Medical and sanitary report of the native army of Bengal for the year
Year: 1877
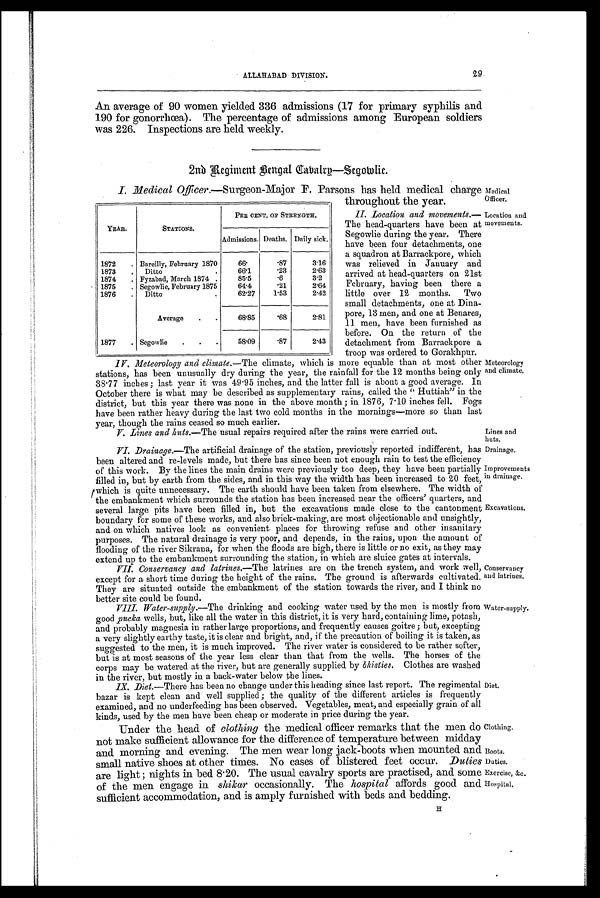
Medical
Officer.
Location and
movements.
Improvements
in drainage.
Excavations.
Conservancy
and latrines.
Water-supply.
Diet.
Clothing.
Boot s. Dut i es. Exer ci se, &c.
Hospital.
Meteorology
and climate.
Lines and
huts.
Drainage.
29
ALLAHABAD DIVISION.
An average of 90 women yielded 336 admissions (17 for primary syphilis and
190 for gonorrhœa). The percentage of admissions among European soldiers
was 226. Inspections are held weekly.
2nd Regiment Bengal Cabalry—Segowlie.
I. Medical Officer.—Surgeon-Major F. Parsons has held medical charge
throughout the year.
II. Location and movements.—
The head-quarters have been at
Segowlie during the year. There
have been four detachments, one
a squadron at Barrackpore, which
was relieved in January and
arrived at head-quarters on 21st
February, having been there a
little over 12 months. Two
small detachments, one at Dina-
pore, 13 men, and one at Benares,
11 men, have been furnished as
before. On the return of the
detachment from Barrackpore a
troop was ordered to Gorakhpur.
IV
. Meteorology and climate.— The climate, which is more equable than at most other
stations, has been unusually dry during the year, the rainfall for the 12 months being only
38.77 inches; last year it was 49.95 inches, and the latter fall is about a good average. In
October there is what may be described as supplementary rains, called the “ Huttiah” in the
district, but this year there was none in the above month; in 1876, 7.10 inches fell. Fogs
have been rather heavy during the last two cold months in the mornings—more so than last
year, though the rains ceased so much earlier.
V. Lines and huts.— The usual repairs required after the rains were carried out.
VI. Drainage.—The artificial drainage of the station, previously reported indifferent, has
been altered and re-levels made, but there has since been not enough rain to test the efficiency
of this work. By the lines the main drains were previously too deep, they have been partially
filled in, but by earth from the sides, and in this way the width has been increased to 20 feet,
which is quite unnecessary. The earth should have been taken from elsewhere. The width of
the embankment which surrounds the station has been increased near the officers' quarters, and
several large pits have been filled in, but the excavations made close to the cantonment
boundary for some of these works, and also brick-making, are most objectionable and unsightly,
and on which natives look as convenient places for throwing refuse and other insanitary
purposes. The natural drainage is very poor, and depends, in the rains, upon the amount of
flooding of the river Sikrana, for when the floods are high, there is little or no exit, as they may
extend up to the embankment surrounding the station, in which are sluice gates at intervals.
VII. Conservancy and latrines.—The latrines are on the trench system, and work well,
except for a short time during the height of the rains. The ground is afterwards cultivated.
They are situated outside the embankment of the station towards the river, and I think no
better site could be found.
VIII.
Water-supply.— The drinking and cooking water used by the men is mostly from
good pucka wells, but, like all the water in this district, it is very hard, containing lime, potash,
and probably magnesia in rather large proportions, and frequently causes goitre; but, excepting
a very slightly earthy taste, it is clear and bright, and, i f the precaution of boiling it is taken, as
suggested to the men, it is much improved. The river water is considered to be rather softer,
but is at most seasons of the year less clear than that from the wells. The horses of the
corps may be watered at the river, but are generally supplied by bhisties. Clothes are washed
in the river, but mostly in a back-water below the lines.
IX. Diet. —There has been no change under this heading since last report. The regimental
bazar is kept clean and well supplied; the quality of the different articles is frequently
examined, and no underfeeding has been observed. Vegetables, meat, and especially grain of all
kinds, used by the men have been cheap or moderate in price during the year.
Under the head of clothingt h e m e d i c a l o f f i c e r r e m a r k s t h a t t h e m e n d o
not make sufficient allowance for the difference of temperature between midday
and morning and evening. The men wear long jack-boots when mounted and
small native shoes at other times. No cases of blistered feet occur. Duties
are light; nights in bed 8.20. The usual cavalry sports are practised, and some
of the men engage in shikar occasionally. The hospital affords good and
sufficient accommodation, and is amply furnished with beds and bedding.
YEAR.
STATIONS.
PER CENT. OF STRENGTH.
Admissions. Deaths. Daily sick.
1872
. Bareilly, February 1870
66.
. 8 7
3.16
1873
.
Ditto
66.1
. 2 3
2.63
1874
. Fyzabad, March 1874
85.5
. 6
3.2
1875
. Segowlie, February 1875
64.4
. 2 1
2.64
1876
.
Ditto
.
62.27
1.53
2.42
Average
.
.
68.85
. 6 8
2.81
1877
. Segowlie
.
.
.
58.09
. 8 7
2.43
11